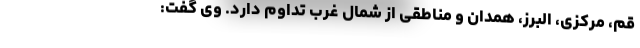
قم، مرکزی، البرز، همدان و مناطقی از شمال غرب تداوم دارد. وی گفت: